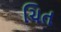
ચિત